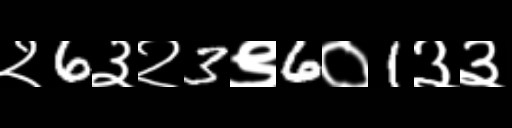
Text: २6३२3९6०1३३